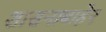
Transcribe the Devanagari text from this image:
शासनाबाहेर